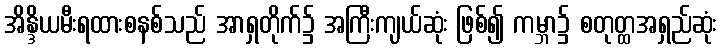
အိန္ဒိယမီးရထားစနစ်သည် အာရှတိုက်၌ အကြီးကျယ်ဆုံး ဖြစ်၍ ကမ္ဘာ၌ စတုတ္ထအရှည်ဆုံး